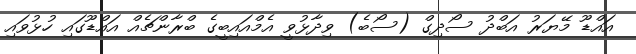
އައްޑޫ މޭޔަރު އަބްދު ސޯދިގް (ސޯބެ) ވިދާޅުވީ އެމްއައިބީގެ ބްރާންޗެއް އައްޑޫގައި ހުޅުވައި